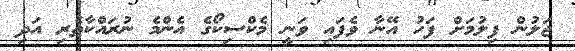
ޖަލުން ފިލުމަށް ފަހު އޭނާ ވެފައި ވަނީ މެކްސިކޯގެ އެންމެ ނުރައްކާތެރި އަދި